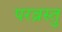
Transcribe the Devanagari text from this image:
परव्रस्तु